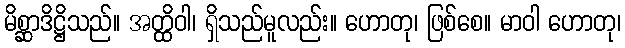
မိစ္ဆာဒိဋ္ဌိသည်။ အတ္ထိဝါ၊ ရှိသည်မူလည်း။ ဟောတု၊ ဖြစ်စေ။ မာဝါ ဟောတု၊